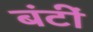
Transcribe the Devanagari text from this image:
बंटीं